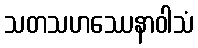
သတသဟဿေနာဝါသံ